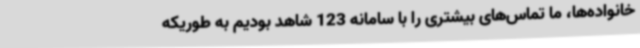
خانواده‌ها، ما تماس‌های بیشتری را با سامانه 123 شاهد بودیم به طوریکه